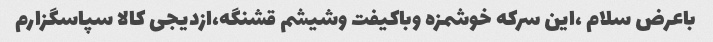
باعرض سلام ،این سرکه خوشمزه وباکیفت وشیشم قشنگه،ازدیجی کالا سپاسگزارم